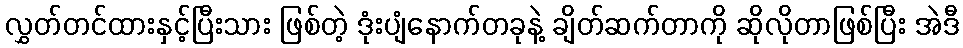
လွှတ်တင်ထားနှင့်ပြီးသား ဖြစ်တဲ့ ဒုံးပျံနောက်တခုနဲ့ ချိတ်ဆက်တာကို ဆိုလိုတာဖြစ်ပြီး အဲဒီ